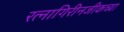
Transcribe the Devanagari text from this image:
रत्नागिरीनजीकच्या